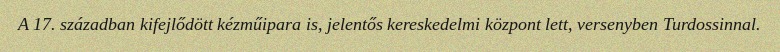
A 17. században kifejlődött kézműipara is, jelentős kereskedelmi központ lett, versenyben Turdossinnal.